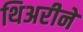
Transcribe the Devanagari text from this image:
थिअरीने